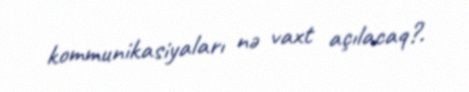
kommunikasiyaları nə vaxt açılacaq?.